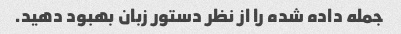
جمله داده شده را از نظر دستور زبان بهبود دهید.